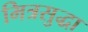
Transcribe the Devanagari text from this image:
मित्रसुद्धा